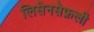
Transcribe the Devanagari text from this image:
लिसेनसेफ़ली